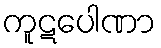
ကူဋပေါဏာ